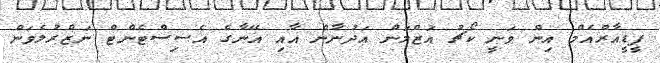
ޕީޑީއާރްއެމް އިން ވަނީ ކޯޗު އަޒްމަން އަދުނާން އާއި އޭނާގެ އެސިސްޓެންޓް ނަޒްރުލެވަން